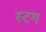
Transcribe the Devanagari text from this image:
स्टग